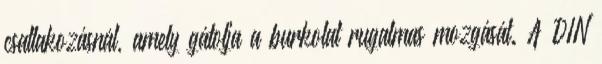
csatlakozásnál, amely gátolja a burkolat rugalmas mozgását. A DIN